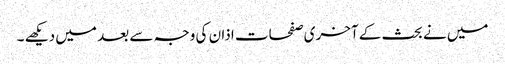
میں نے بحث کے آخری صفحات اذان کی وجہ سے بعد میں دیکھے ۔